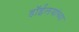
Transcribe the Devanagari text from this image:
डाॅईलयांच्या